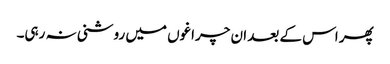
پھر اس کے بعد ان چراغوں میں روشنی نہ رہی۔